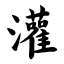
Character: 灌